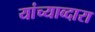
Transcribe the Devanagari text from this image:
यांच्याव्दारा